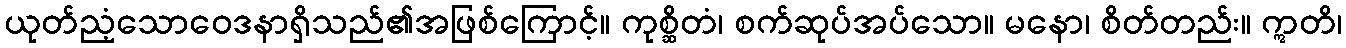
ယုတ်ညံ့သောဝေဒနာရှိသည်၏အဖြစ်ကြောင့်။ ကုစ္ဆိတံ၊ စက်ဆုပ်အပ်သော။ မနော၊ စိတ်တည်း။ ဣတိ၊